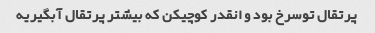
پرتقال توسرخ بود و انقدر کوچیکن که بیشتر پرتقال آبگیریه